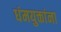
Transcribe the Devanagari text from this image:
धंमयुक्तांना